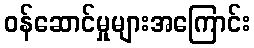
ဝန်ဆောင်မှုများအကြောင်း